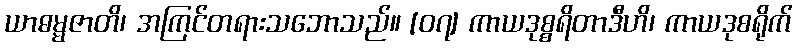
ယာဓမ္မဇာတိ၊ အကြင်တရားသဘောသည်။ [၀၇] ကာယဒုစ္စရိတာဒီဟိ၊ ကာယဒုစရိုက်